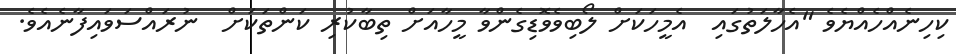
ކިހިނެއްހެއްޔެވެ "އެހާލަތުގައި  އެމީހަކަށް ލޯބިވެވޮޑިގެންވާ މީހާއަށް ތިބާކުރި ކަންތަކަށް  ނުރައްސަވައިފާނެއެވެ.